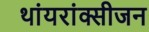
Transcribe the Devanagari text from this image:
थांयरांक्सीजन